Lunatic asylums Bombay report 1878-1890 - 1878-1890
Year: 1878
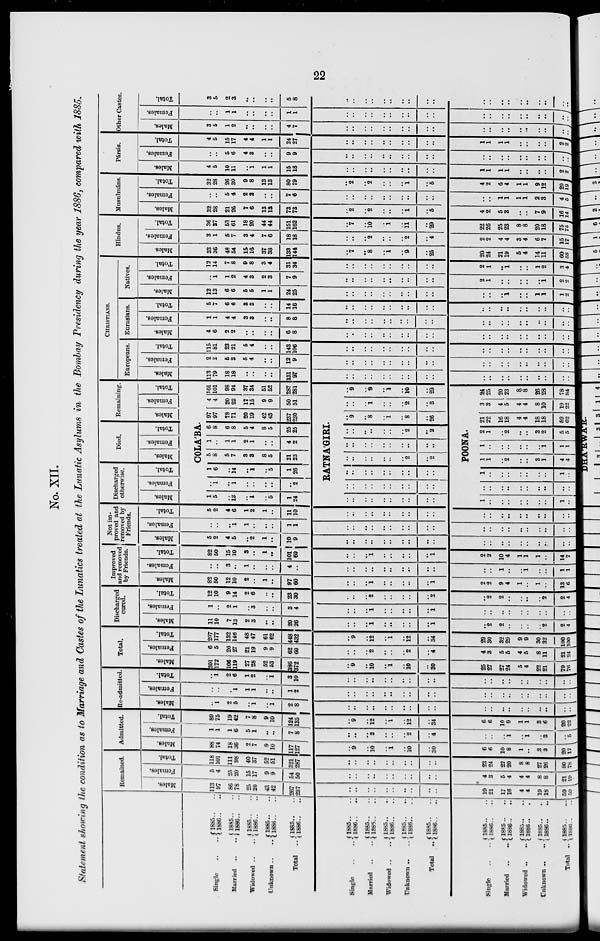
22
No. XII.
Statement showing the condition as to Marriage and Castes of the Lunatics treated at the Lunatic Asylums in the Bombay Presidency during the year 1886, compared with 1885.
Single .. ..
Married .. ..
Widowed .. ..
Unknown .. ..
Total
..
Single
..
..
Married
..
..
Widowed
..
..
Unknown
..
..
Total
..
Single
..
..
Married
..
..
Widowed
..
..
Unknown
..
..
Total
..
1885 .. ..
1886 .. ..
1885 .. ..
1886 .. ..
1885 .. ..
1886 .. ..
1885 .. ..
1886 .. ..
1885
..
..
1886
..
..
1885 .. ..
1886 .. ..
1885 .. ..
1886 .. ..
1885 .. ..
1886
..
..
1885 .. ..
1886
..
..
1885 .. ..
1886 .. ..
1885
..
..
1886
..
..
1885
..
..
1886
..
..
1885
..
..
1886
..
..
1885
..
..
1886
..
..
1885
..
..
1886
..
..
Remained.
Males.
113
97
86
78
25
20
43
42
267
237
..
..
..
..
..
..
..
..
..
..
19
21
17
16
4
4
19
18
59
59
Females.
5
4
25
20
15
17
9
9
54
50
..
..
..
..
..
..
..
..
..
..
4
3
5
4
4
4
8
8
21
19
Total.
118
101
211
98
40
37
52
51
321
237
..
..
..
..
..
..
..
..
..
..
23
24
22
20
8
8
27
26
80
78
Admitted.
Males.
88
74
18
36
2
7
9
10
117
127
..
9
..
10
1
10
30
6
6
10
8
1
..
3
3
20
17
Females.
1
1
1
6
5
1
..
..
7
8
..
..
..
2
..
..
..
2
..
4
..
..
..
1
..
1
..
3
..
5
Total.
89
75
19
42
7
8
9
10
124
135
..
9
..
12
..
1
..
12
..
34
6
6
10
9
1
1
3
6
20
22
Re-admitted
Males.
..
1
2
5
1
1
..
1
2
8
..
..
..
..
..
..
..
..
..
..
..
..
..
..
..
..
..
..
..
..
Females.
..
..
..
1
1
1
..
..
1
2
..
..
..
..
..
..
..
..
..
..
..
..
..
..
..
..
..
..
..
..
Total.
..
1
2
6
1
2
..
1
3
10
..
..
..
..
..
..
..
..
..
..
..
..
..
..
..
..
..
..
..
..
Total.
Males.
201
172
106
119
27
28
52
53
386
372
..
9
..
10
..
1
..
10
..
30
25
27
27
24
5
4
22
21
79
76
Females.
6
5
26
27
21
19
9
9
82
60
..
..
..
2
..
..
..
2
..
4
4
3
5
5
4
5
8
11
21
24
Total.
207
177
132
146
48
47
61
62
448
432
..
9
..
12
..
1
..
12
..
34
29
30
32
29
9
9
30
32
100
100
Discharged
cured.
Males.
11
10
7
13
2
3
..
..
20
26
..
..
..
1
..
..
..
..
..
1
..
2
2
..
..
..
..
2
2
4
Females.
1
..
2
1
..
3
..
..
3
4
..
..
..
1
..
..
..
..
..
1
..
..
..
..
..
..
..
..
..
..
Total.
12
10
9
14
2
6
..
..
23
30
..
..
..
2
..
..
..
..
..
2
..
2
2
..
..
..
..
2
2
4
Improved
and removed
by Friends.
Males.
82
50
12
10
2
..
1
..
97
60
..
..
..
1
..
..
..
..
..
1
2
2
9
4
1
..
1
..
13
6
Females.
..
..
3
..
1
..
..
..
4
..
..
..
..
..
..
..
..
..
..
..
..
..
1
..
..
1
..
..
1
1
Total.
82
50
15
10
3
..
1
..
101
60
..
..
..
1
..
..
..
..
..
1
2
2
10
4
1
1
1
..
14
7
Not i mpr oved and
removed by
Friends.
Males.
5
2
4
5
..
2
1
..
10
9
..
..
..
..
..
..
..
..
..
..
..
..
..
..
..
..
..
..
..
..
Females.
..
..
..
1
1
..
..
..
1
1
..
..
..
..
..
..
..
..
..
..
..
..
..
..
..
..
..
..
..
..
Total.
5
2
4
6
1
2
1
..
11
10
..
..
..
..
..
..
..
..
..
..
..
..
..
..
..
..
..
..
..
..
Discharged
otherwise.
Males.
1
5
..
13
..
1
..
5
1
24
..
..
..
..
..
..
..
..
..
..
1
..
..
..
..
..
..
..
1
..
Females.
Total.
Died.
Males.
Females.
Total.
Remaining
Males.
COLA'BA.
..
1
..
1
..
..
..
..
..
2
1
6
..
14
..
1
..
5
1
26
5
8
5
7
3
3
8
5
21
23
1
..
1
1
2
1
..
..
4
2
6
8
6
8
5
4
8
5
25
25
97
97
78
71
20
19
42
43
237
230
RATNA'GIRI.
..
..
..
..
..
..
..
..
..
..
..
..
..
..
..
..
..
..
..
..
..
..
..
..
..
..
..
..
..
..
..
..
..
..
..
..
..
2
..
2
..
..
..
..
..
..
..
..
..
..
..
..
..
..
..
..
..
2
..
2
POONA.
1
..
..
..
..
..
..
..
1
..
1
1
..
2
..
..
3
1
4
4
1
..
..
..
..
..
..
1
1
1
2
1
..
2
..
..
3
2
5
5
..
9
..
8
..
1
..
8
..
26
21
22
16
18
4
4
18
18
59
62
Females.
4
4
20
23
17
15
9
9
50
51
..
..
..
1
..
..
..
2
..
3
3
3
4
5
4
4
8
10
19
22
Total.
101
101
98
94
37
34
51
52
287
281
..
9
..
9
..
1
..
10
..
29
24
25
20
23
8
8
26
28
78
84
CHRISTIANS.
Europeans.
Males.
113
79
18
18
..
..
..
..
131
97
..
..
..
..
..
..
..
..
..
..
..
..
..
..
..
..
..
..
..
..
Females.
2
2
5
3
5
4
..
..
12
9
..
..
..
..
..
..
..
..
..
..
..
..
..
..
..
..
..
..
..
..
Total.
115
81
23
21
5
4
..
..
143
106
..
..
..
..
..
..
..
..
..
..
..
..
..
..
..
..
..
..
..
..
Eurasians.
Males.
4
6
2
2
..
..
..
..
6
8
..
..
..
..
..
..
..
..
..
..
..
..
..
..
..
..
..
..
..
..
Females.
1
1
4
4
3
3
..
..
8
8
..
..
..
..
..
..
..
..
..
..
..
..
..
..
..
..
..
..
..
..
Total.
5
7
6
6
3
3
..
..
14
16
..
..
..
..
..
..
..
..
..
..
..
..
..
..
..
..
..
..
..
..
Natives.
Males.
12
13
6
6
5
5
1
1
24
25
..
..
..
..
..
..
..
..
..
..
..
..
..
1
..
..
1
1
1
2
Females.
..
1
1
2
4
3
2
3
7
9
..
..
..
..
..
..
..
..
..
..
2
1
..
..
..
..
..
1
2
2
Total.
12
14
7
8
9
8
3
4
31
34
..
..
..
..
..
..
..
..
..
..
2
1
..
1
..
..
1
2
3
4
Hindus.
Males.
33
36
48
54
15
18
37
38
133
144
..
7
..
8
..
1
..
9
..
25
20
24
21
19
5
4
14
11
60
58
Females.
3
1
5
7
3
4
7
6
18
18
..
..
..
2
..
..
..
2
..
4
2
2
4
4
3
4
6
7
15
17
Total.
36
37
53
61
18
20
44
44
151
162
..
7
..
10
..
1
..
11
..
29
22
26
25
23
8
8
20
18
75
25
Musulmàns
Males.
32
28
21
26
7
6
13
13
73
73
..
2
..
2
..
..
..
1
..
5
4
2
5
3
..
..
7
9
16
14
Females.
..
..
5
4
2
2
..
..
7
6
..
..
..
..
..
..
..
..
..
..
..
..
1
1
1
1
2
3
4
6
Total.
32
28
26
30
9
8
13
13
80
79
..
2
..
2
..
..
..
1
..
5
4
2
6
4
1
1
9
12
20
19
Pàrsis.
Males.
4
5
10
11
..
1
1
1
15
18
..
..
..
..
..
..
..
..
..
..
1
1
1
1
..
..
..
..
2
2
Females.
..
..
5
6
4
3
..
..
9
9
..
..
..
..
..
..
..
..
..
..
..
..
..
..
..
..
..
..
..
..
Total.
4
5
15
17
4
4
1
1
24
27
..
..
..
..
..
..
..
..
..
..
1
1
1
1
..
..
..
..
2
2
Other Castes.
Males.
3
5
1
2
..
..
..
..
4
7
..
..
..
..
..
..
..
..
..
..
..
..
..
..
..
..
..
..
..
..
Females.
..
..
1
1
..
..
..
..
1
1
..
..
..
..
..
..
..
..
..
..
..
..
..
..
..
..
..
..
..
..
Total.
3
5
2
3
..
..
..
..
5
8
..
..
..
..
..
..
..
..
..
..
..
..
..
..
..
..
..
..
..
..